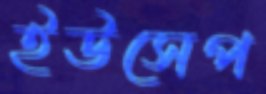
ইউসেপ